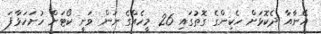
އޭނާއާ ދެކޮޅަށް ހެކިންގެ ގޮތުގައި 26 މީހެއްގެ ނަން ވަނީ ކޯޓަށް ހުށަހަޅާފަ